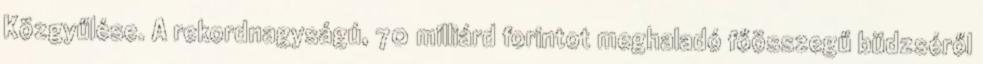
Közgyűlése. A rekordnagyságú, 70 milliárd forintot meghaladó főösszegű büdzséről